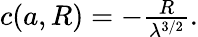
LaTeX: \begin{array}{r}{c({a},R)=-\frac{R}{\lambda^{3/2}}.}\end{array}